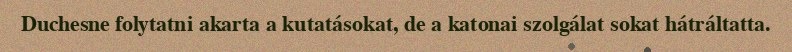
Duchesne folytatni akarta a kutatásokat, de a katonai szolgálat sokat hátráltatta.